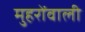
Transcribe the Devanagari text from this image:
मुहरोंवाली